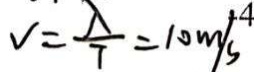
V = \frac { \lambda } { 7 } = 1 0 m / s